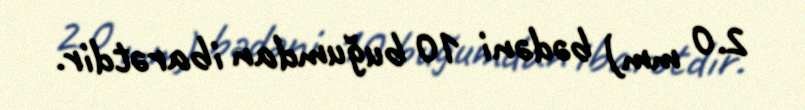
2.0 mm) bədəni 10 buğumdan ibarətdir.